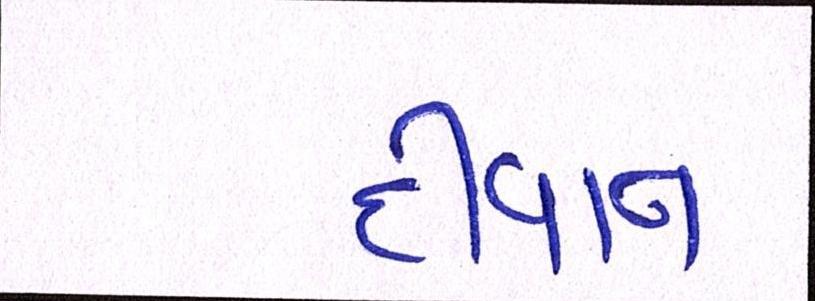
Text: દીવાન